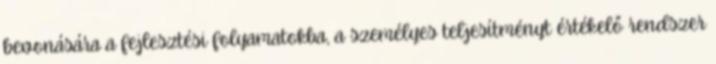
bevonására a fejlesztési folyamatokba, a személyes teljesítményt értékelő rendszer